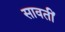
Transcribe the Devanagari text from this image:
सावतीं